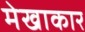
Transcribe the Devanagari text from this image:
मेखाकार